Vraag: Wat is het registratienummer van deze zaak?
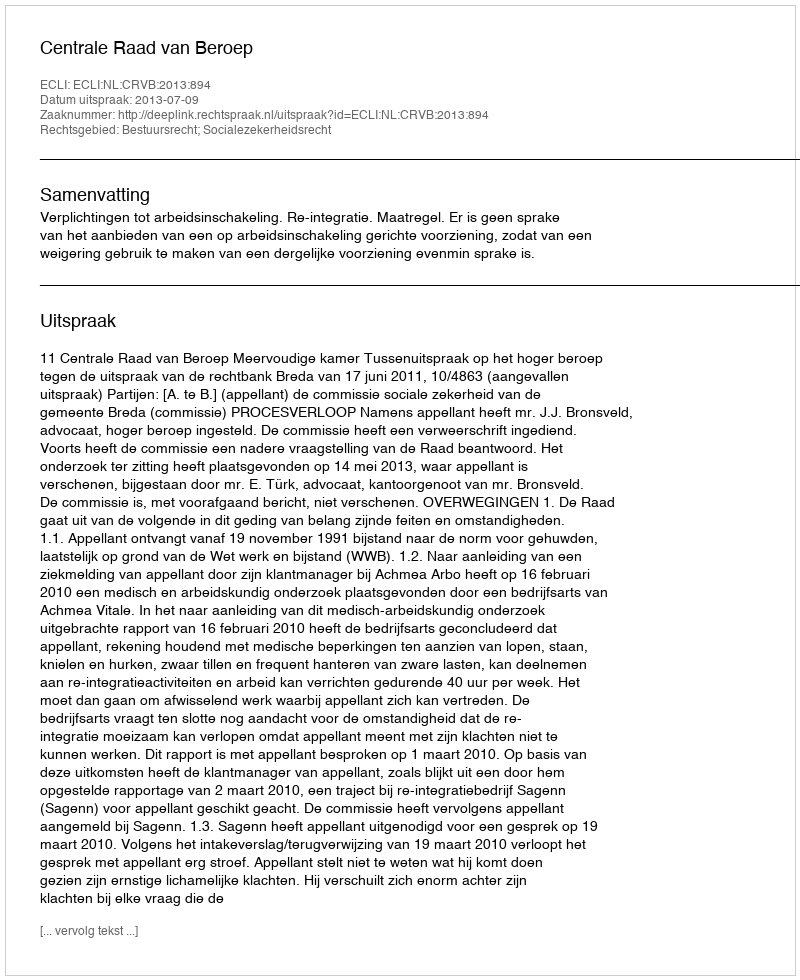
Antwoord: http://deeplink.rechtspraak.nl/uitspraak?id=ECLI:NL:CRVB:2013:894